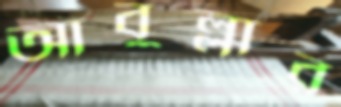
আবুল্লার